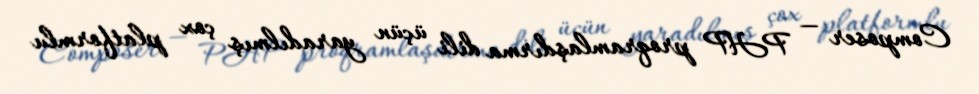
Composer — PHP proqramlaşdırma dili üçün yaradılmış çox platformlu